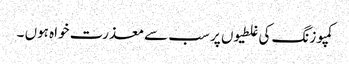
کمپوزنگ کی غلطیوں پر سب سے معذرت خواہ ہوں ۔